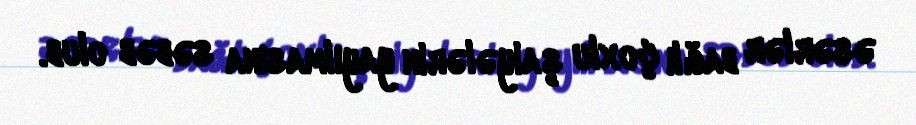
əsərlər bağlı çoxlu şaiyələrin yayılmasına səbəb olub.